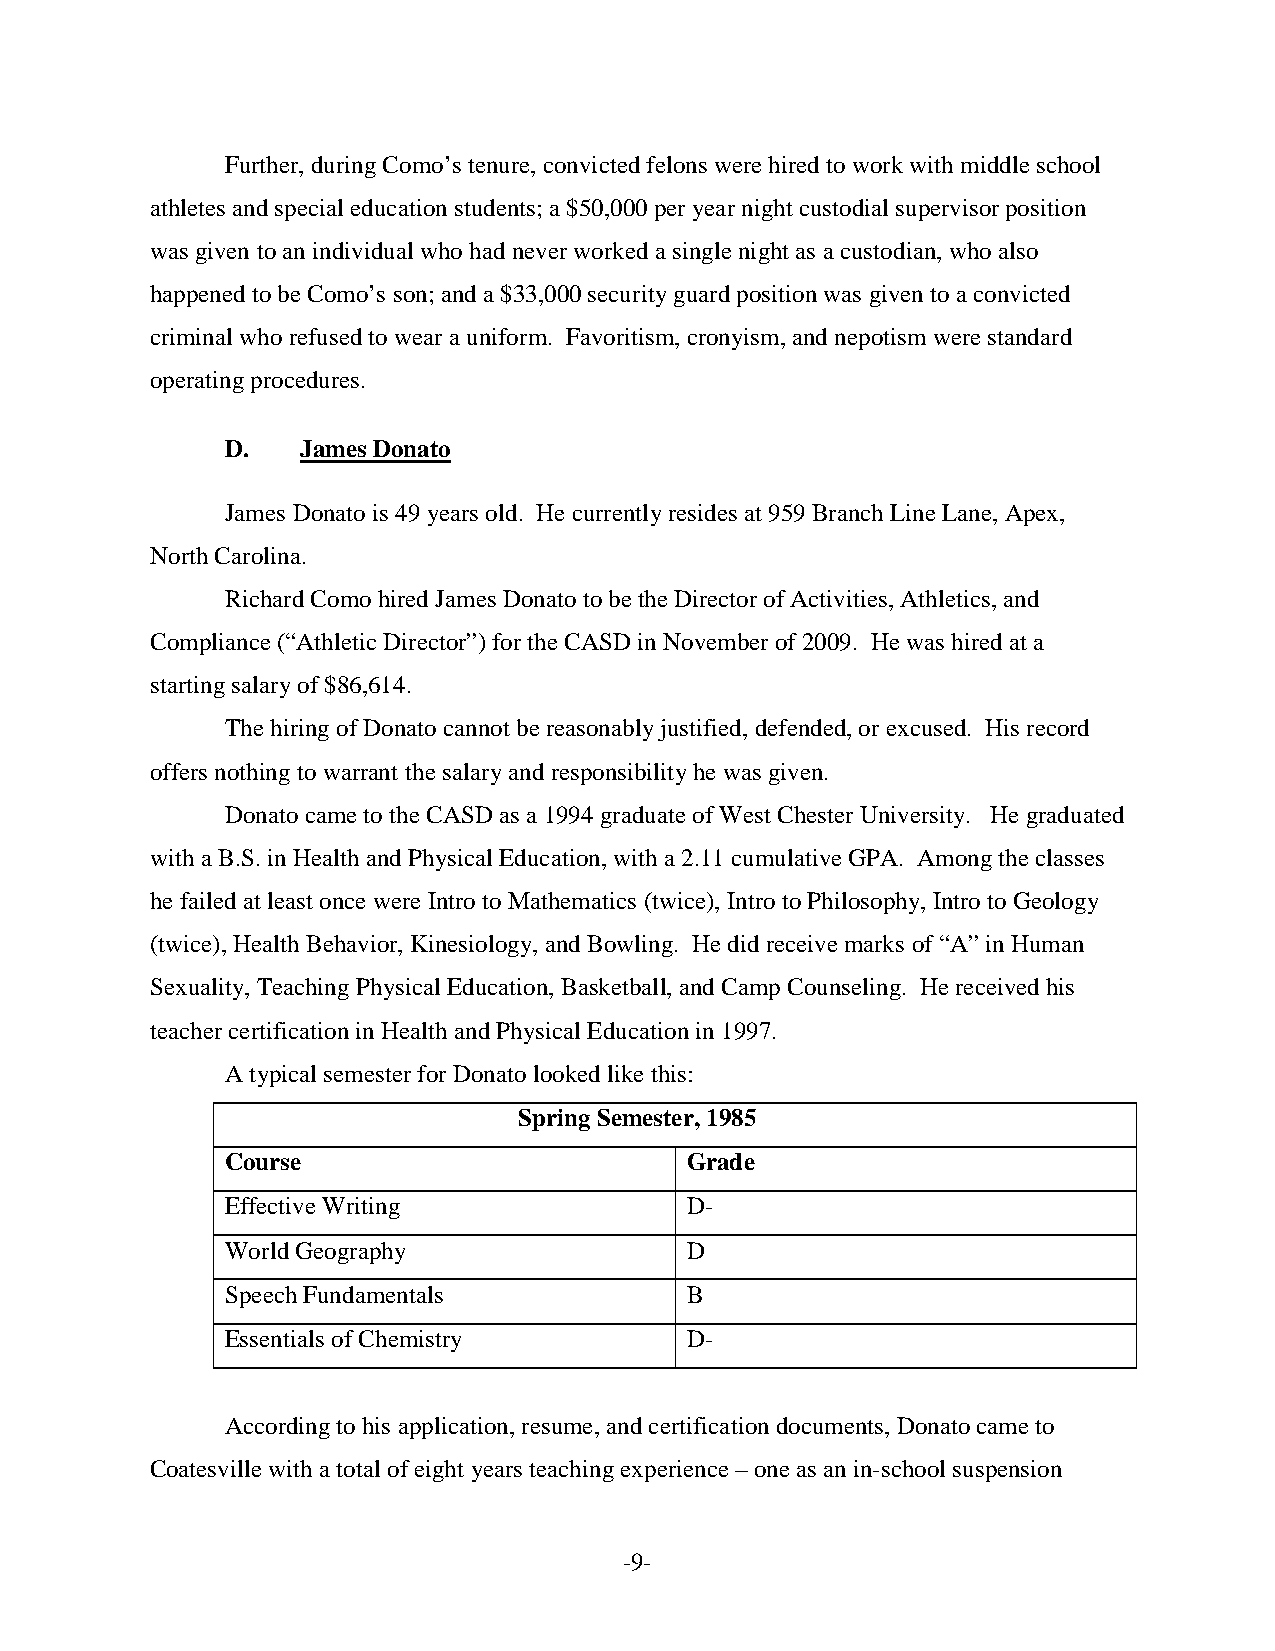
Further, during Como’s tenure, convicted felons were hired to work with middle school
 athletes and special education students; a $50,000 per year night custodial supervisor position
 was given to an individual who had never worked a single night as a custodian, who also
 happened to be Como’s son; and a $33,000 security guard position was given to a convicted
 criminal who refused to wear a uniform. Favoritism, cronyism, and nepotism were standard
 operating procedures.
 D.   James Donato
 James Donato is 49 years old. He currently resides at 959 Branch Line Lane, Apex,
 North Carolina.
 Richard Como hired James Donato to be the Director of Activities, Athletics, and
 Compliance (“Athletic Director”) for the CASD in November of 2009. He was hired at a
 starting salary of $86,614.
 The hiring of Donato cannot be reasonably justified, defended, or excused. His record
 offers nothing to warrant the salary and responsibility he was given.
 Donato came to the CASD as a 1994 graduate of West Chester University. He graduated
 with a B.S. in Health and Physical Education, with a 2.11 cumulative GPA. Among the classes
 he failed at least once were Intro to Mathematics (twice), Intro to Philosophy, Intro to Geology
 (twice), Health Behavior, Kinesiology, and Bowling. He did receive marks of “A” in Human
 Sexuality, Teaching Physical Education, Basketball, and Camp Counseling. He received his
 teacher certification in Health and Physical Education in 1997.
 A typical semester for Donato looked like this:
 Spring Semester, 1985
 Course                        Grade
 Effective Writing             D-
 World Geography               D
 Speech Fundamentals           B
 Essentials of Chemistry       D-
 According to his application, resume, and certification documents, Donato came to
 Coatesville with a total of eight years teaching experience – one as an in-school suspension
 -9-